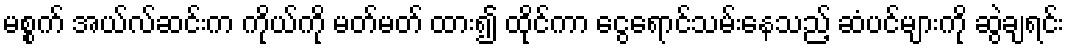
မစ္စက် အယ်လ်ဆင်းက ကိုယ်ကို မတ်မတ် ထား၍ ထိုင်ကာ ငွေရောင်သမ်းနေသည့် ဆံပင်များကို ဆွဲချရင်း